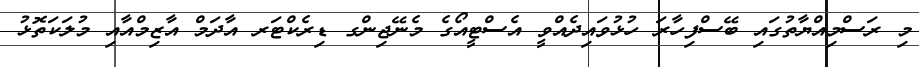
މި ރަސްމިއްޔާތުގައި ބޭސްފިހާރަ ހުޅުވައިދެއްވީ އެސްޓީއޯގެ މެނޭޖިންގ ޑިރެކްޓަރ އާދަމް އާޒިމްއާއި މުލަކަތޮޅު